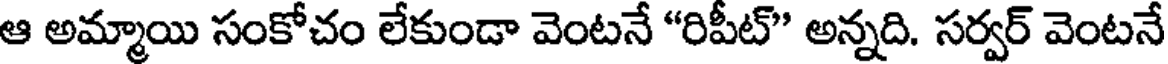
ఆ అమ్మాయి సంకోచం లేకుండా వెంటనే "రిపీట్" అన్నది. సర్వర్ వెంటనే